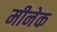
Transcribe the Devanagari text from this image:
मीनेक